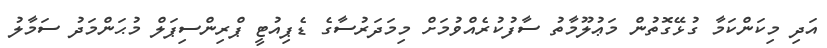
އަދި މިކަންކަމާ ގުޅޭގޮތުން މަޢުލޫމާތު ސާފުކުރެއްވުމަށް މިމަދަރުސާގެ ޑެޕިއުޓީ ޕްރިންސިޕަލް މުޙަންމަދު ސަމާލު